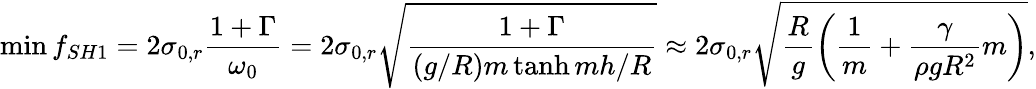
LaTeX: \operatorname*{min}{f_{SH1}}=2\sigma_{0,r}\frac{1+\Gamma}{\omega_{0}}=2\sigma_{0,r}\sqrt{\frac{1+\Gamma}{\left(g/R\right)m\operatorname{tanh}{mh/R}}}\approx 2\sigma_{0,r}\sqrt{\frac{R}{g}\left(\frac{1}{m}+\frac{\gamma}{\rho gR^{2}}m\right)},